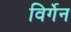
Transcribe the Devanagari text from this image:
विर्गेन